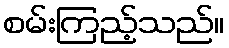
စမ်းကြည့်သည်။